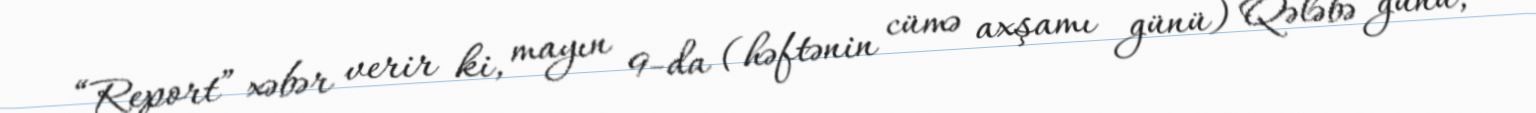
“Report” xəbər verir ki, mayın 9-da (həftənin cümə axşamı günü) Qələbə günü,